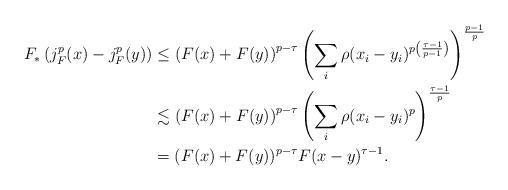
LaTeX: \begin{align*}F_{\ast} \left( j_{F}^{p}(x) - j_{F}^{p}(y) \right) & \le \left( F(x) + F(y) \right)^{p-\tau} \left( \sum_{i} \rho(x_{i} - y_{i})^{p \left(\frac{\tau-1}{p-1} \right)} \right)^{\frac{p-1}{p}} \\& \lesssim \left( F(x) + F(y) \right)^{p-\tau} \left( \sum_{i} \rho(x_{i}-y_{i})^{p} \right)^{\frac{\tau-1}{p}} \\& = (F(x) + F(y))^{p-\tau} F(x-y)^{\tau-1}.\end{align*}